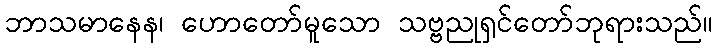
ဘာသမာနေန၊ ဟောတော်မူသော သဗ္ဗညုရှင်တော်ဘုရားသည်။